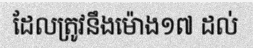
ដែលត្រូវនឹងម៉ោង១៧ ដល់